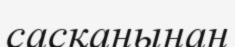
сасқанынан